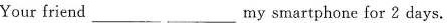
Your friend___ my smartphone for 2 days.